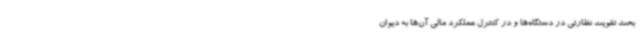
بحث تقویت نظارتی در دستگاه‌ها و در کنترل عملکرد مالی ‌آن‌ها به دیوان